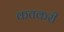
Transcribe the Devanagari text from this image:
कतकरी